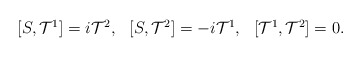
\begin{align*}\begin{array}{lll}[S,{\cal T}^1]=i{\cal T}^2, & [S,{\cal T}^2]=-i{\cal T}^1, & [{\cal T}^1,{\cal T}^2]=0.\end{array}\end{align*}